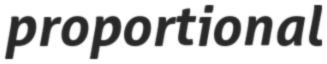
proportional